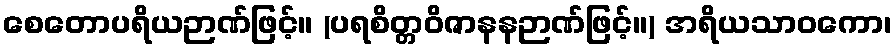
စေတောပရိယဉာဏ်ဖြင့်။ (ပရစိတ္တဝိဇာနနဉာဏ်ဖြင့်။) အရိယသာဝကော၊